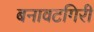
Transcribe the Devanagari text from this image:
बनावटगिरी